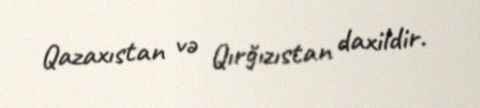
Qazaxıstan və Qırğızıstan daxildir.